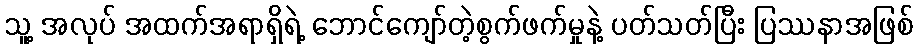
သူ့ အလုပ် အထက်အရာရှိရဲ့ ဘောင်ကျော်တဲ့စွက်ဖက်မှုနဲ့ ပတ်သတ်ပြီး ပြဿနာအဖြစ်